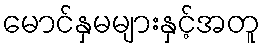
မောင်နှမများနှင့်အတူ